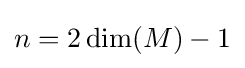
n=2\dim(M)-1